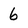
Character: 6